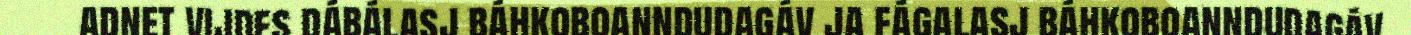
adnet vijdes dábálasj báhkoboanndudagáv ja fágalasj báhkoboanndudagáv